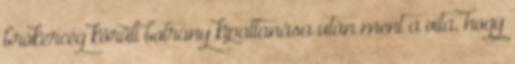
brókercég körüli botrány kipattanása után ment a vita, hogy